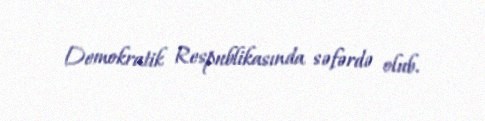
Demokratik Respublikasında səfərdə olub.